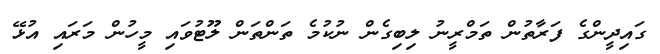
ގައިދީންގެ ފަރާތުން ތަމްރީނު ލިބިގެން ނުކުމެ ތަންތަން ލޫޓުވައި މީހުން މަރައި އުޅޭ